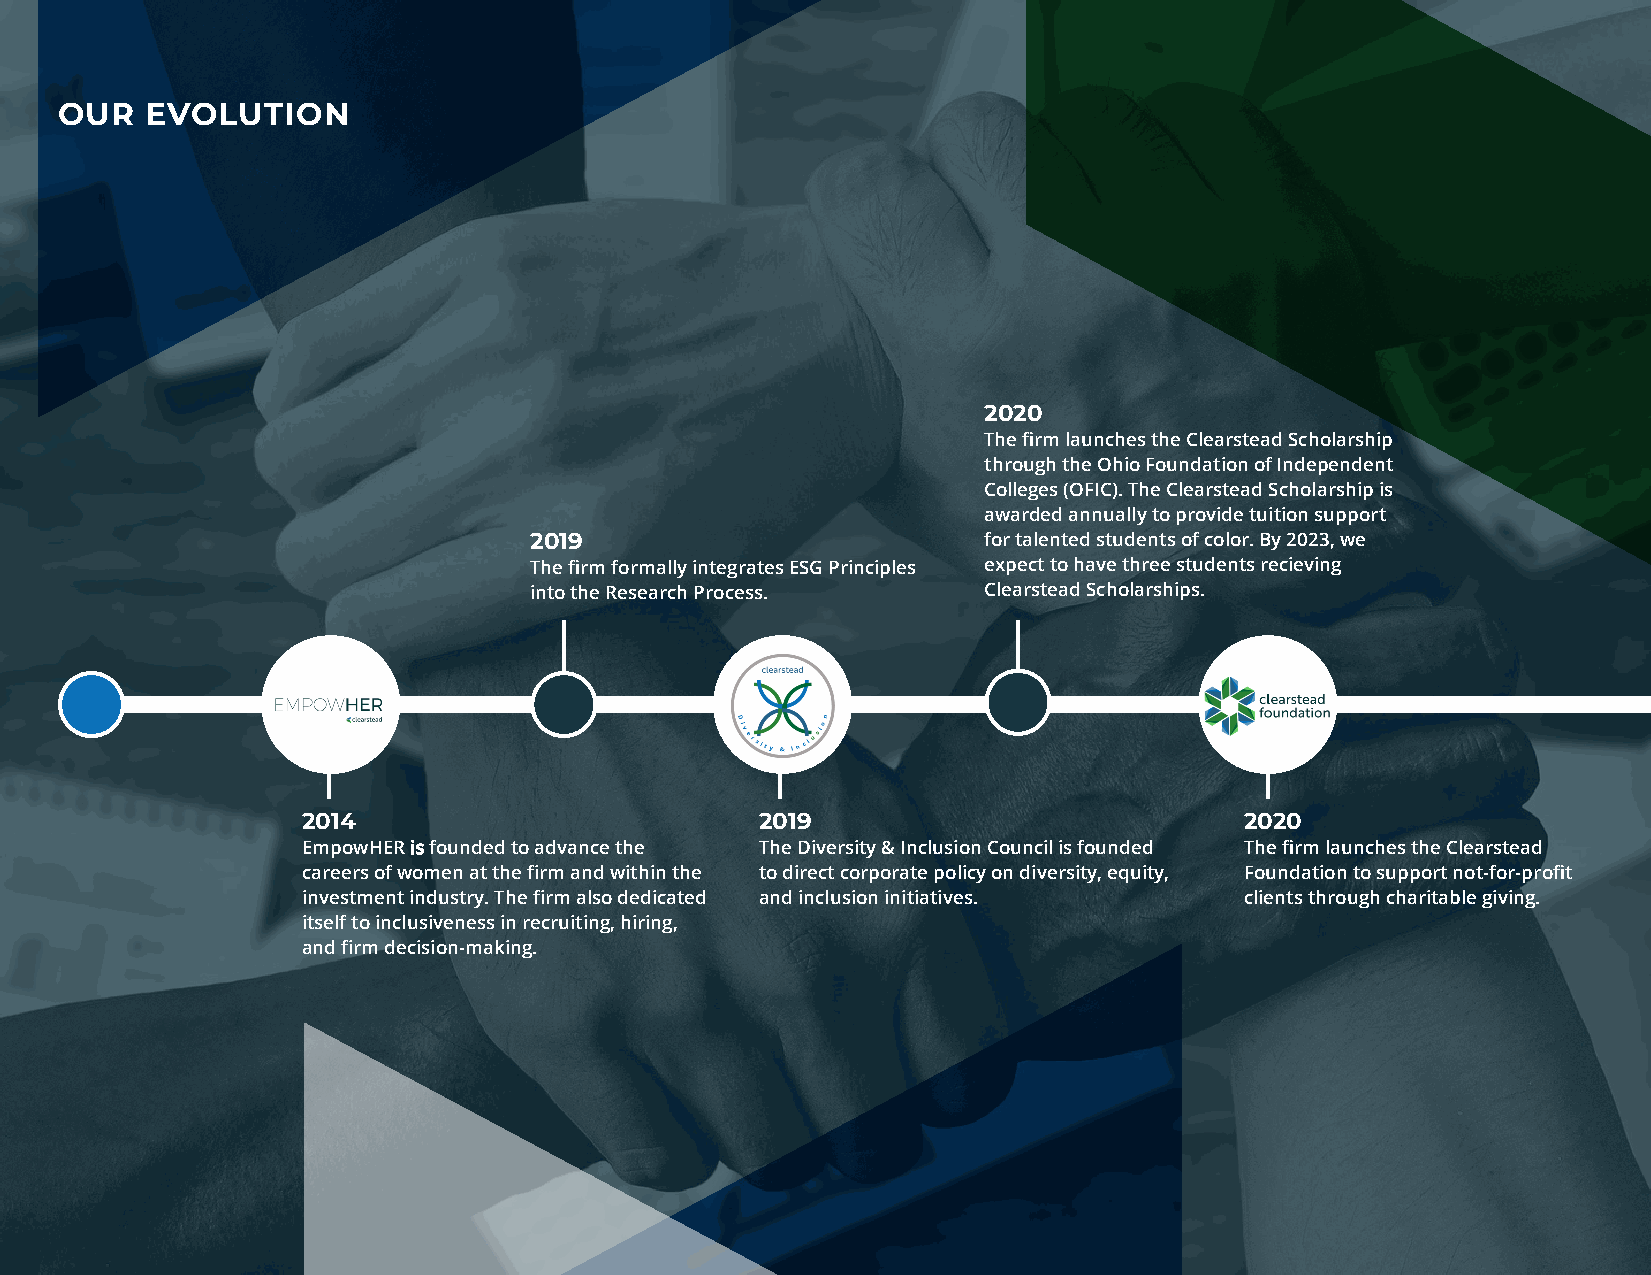
OUR   EVOLUTION
 2020
 The firm launches the Clearstead Scholarship
 through the Ohio Foundation of Independent
 Colleges (OFIC). The Clearstead Scholarship is
 awarded annually to provide tuition support
 2019                          for talented students of color. By 2023, we
 The firm formally integrates ESG Principles expect to have three students recieving
 into the Research Process.    Clearstead Scholarships.
 2014                          2019                            2020
 EmpowHER is founded to advance the The Diversity & Inclusion Council is founded The firm launches the Clearstead
 careers of women at the firm and within the to direct corporate policy on diversity, equity, Foundation to support not-for-profit
 investment industry. The firm also dedicated and inclusion initiatives. clients through charitable giving.
 itself to inclusiveness in recruiting, hiring,
 and firm decision-making.